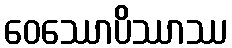
ဝေဿောပိဿာဿ